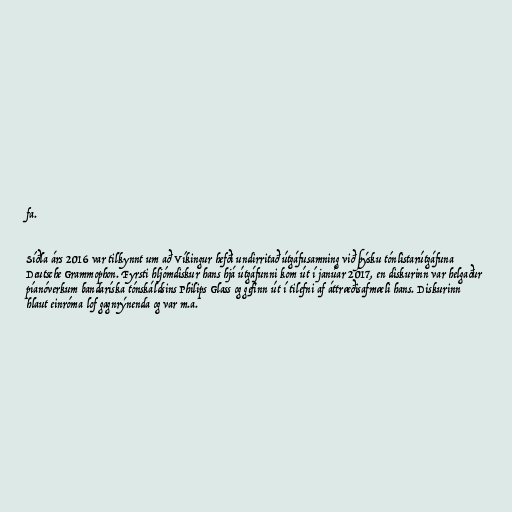
fa.

Síðla árs 2016 var tilkynnt um að Víkingur hefði undirritað útgáfusamning við þýsku tónlistarútgáfuna
Deutsche Grammophon. Fyrsti hljómdiskur hans hjá útgáfunni kom út í janúar 2017, en diskurinn var helgaður
píanóverkum bandaríska tónskáldsins Philips Glass og gefinn út í tilefni af áttræðisafmæli hans. Diskurinn
hlaut einróma lof gagnrýnenda og var m.a.